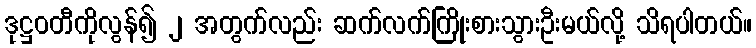
ဒုဋ္ဌဝတီကိုလွန်၍ ၂ အတွက်လည်း ဆက်လက်ကြိုးစားသွားဦးမယ်လို့ သိရပါတယ်။